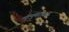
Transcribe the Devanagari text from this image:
मृत्युकांडाची